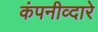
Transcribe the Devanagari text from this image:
कंपनीव्दारे